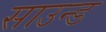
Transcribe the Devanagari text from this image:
साउन्‍ड